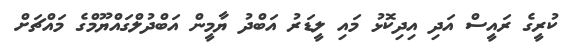
ކުރީގެ ރައީސް އަދި އިދިކޮޅު މައި ލީޑަރު އަބްދު ޔާމީން އަބްދުލްގައްޔޫމްގެ މައްޗަށް